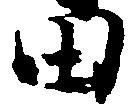
田